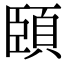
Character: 頣